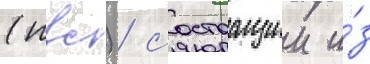
(пвс) / состоащии и́з